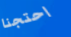
احتجنا